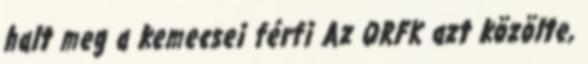
halt meg a kemecsei férfi Az ORFK azt közölte,